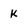
Character: K